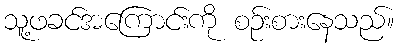
သူ့ဖခင်အကြောင်းကို စဉ်းစားနေသည်။